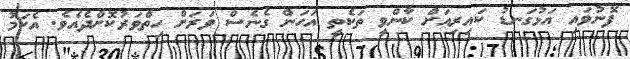
ފޮނުވައި އަޅުގަނޑު ކައިރިއަށް ކާންވީ ތަކެތީ އަހަން ގެނެސް ވަރަށް ހިތްވަރުކޮށްދެއެވެ. އެކަމު